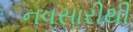
નવસારીથી